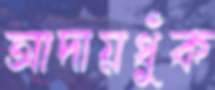
আদায়ধুঁক